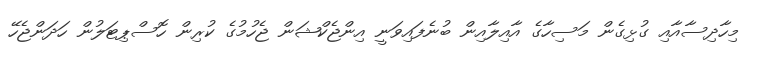
މިހާދިސާއާއި ގުޅިގެން މަސިހާގެ އާއިލާއިން ބުނެފައިވަނީ އިންޖެކްޝަން ޖެހުމުގެ ކުރިން ހޮސްޕިޓަލުން ހަދަންޖެހޭ